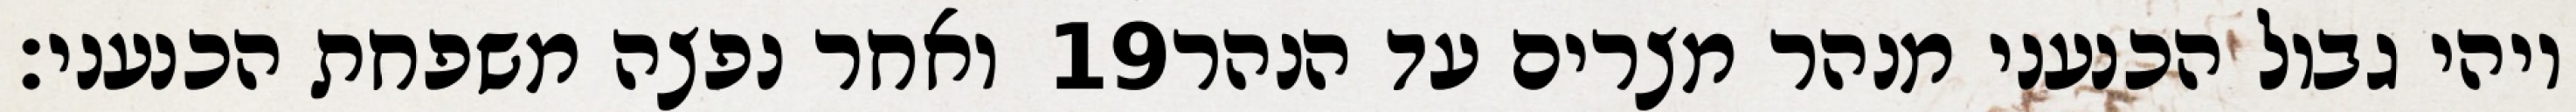
ואחר נפצה משפחת הכנעני׃ ‎19‏ ויהי גבול הכנעני מנהר מצרים עד הנהר